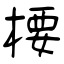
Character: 楆